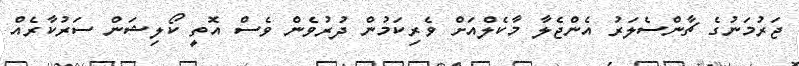
ޖަރުމަނުގެ ޗާންސެލަރު އެންޖެލާ މާކެލްއަށް ވެރިކަމުން ދުރުވެން ވެސް އޮތީ ކޯލިޝަން ސަރުކާރެއް